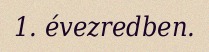
1. évezredben.